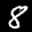
Label: 8